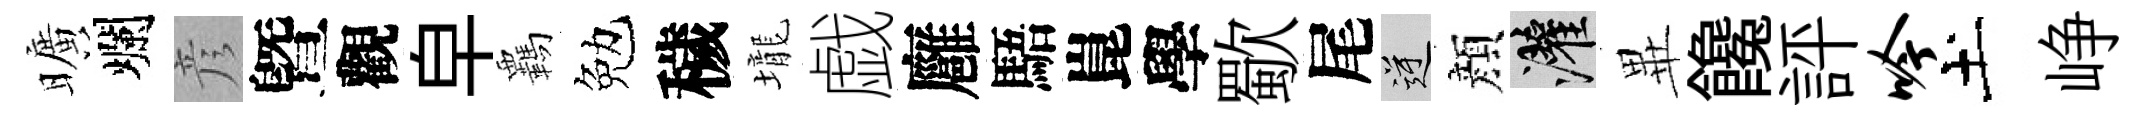
曠爛彦曁觀皁覊勉穢壠戯廱䮏崑學歜尾逆顔灌𭺾饞評吟土峥